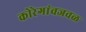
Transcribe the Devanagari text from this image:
कोरेगांवजवळ